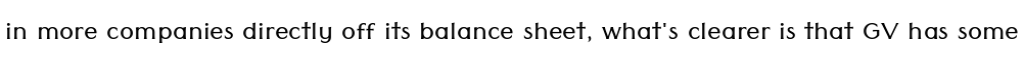
in more companies directly off its balance sheet, what's clearer is that GV has some